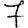
Digit: 7